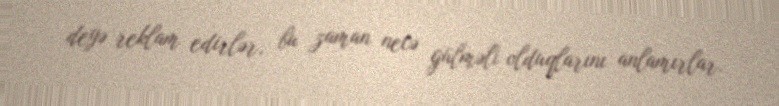
deyə reklam edirlər, bu zaman necə gülməli olduqlarını anlamırlar.